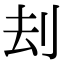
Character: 刦